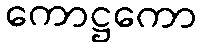
ကောဋ္ဌကော